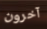
آخرون